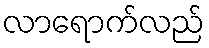
လာရောက်လည်